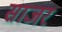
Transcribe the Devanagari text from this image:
साजरं